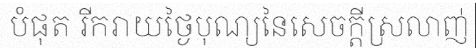
បំផុត រីករាយថ្ងៃបុណ្យនៃសេចក្តីស្រលាញ់